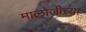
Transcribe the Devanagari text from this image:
मालोजीच्या